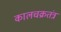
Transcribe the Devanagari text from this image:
कालचक्रतंत्र